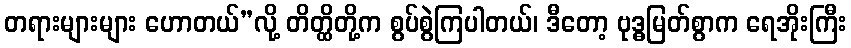
တရားများများ ဟောတယ်”လို့ တိတ္ထိတို့က စွပ်စွဲကြပါတယ်၊ ဒီတော့ ဗုဒ္ဓမြတ်စွာက ရေအိုးကြီး